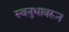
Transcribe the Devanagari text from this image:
स्वनुभावरून